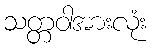
သတ္တဝါအားလုံး